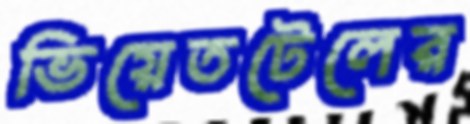
ভিয়েতটেলের